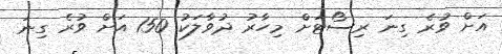
އަށް ވުރެ ގިނަ ރިސޯޓަށް މިހާރު ދުވާލަކު 150 އަށް ވުރެ ގިނަ